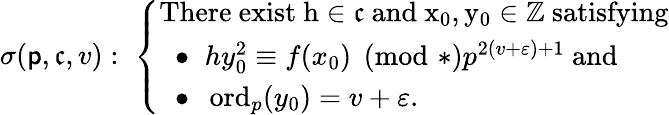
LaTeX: \sigma(\mathsf{p},\mathfrak{{c}},v):\; \left\{ \begin{array}{ll}{\mathrm{There~exist~h\in\mathfrak{c}~and~x_0,y_0\in\mathbb{Z}~satisfying}}\\ {\; \; \bullet\; \; hy_{0}^{2}\equiv f(x_{0})\pmod*{p^{2(v+\varepsilon)+1}}\mathrm{~and}}\\ {\; \; \bullet\; \; \operatorname{ord}_{p}(y_{0})=v+\varepsilon.}\end{array}\right.